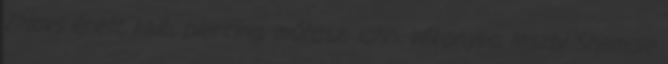
ZMovs érett, klub, piercing, műfasz, latin, vékonyka, leszbi Shemale